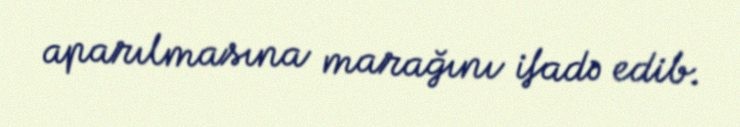
aparılmasına marağını ifadə edib.